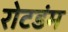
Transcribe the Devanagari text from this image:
रोटडंम